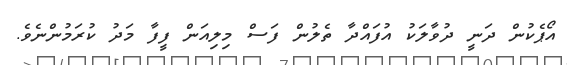
އޯޕެކުން ދަނީ ދުވާލަކު އުފައްދާ ތެލުން ފަސް މިލިއަން ފީފާ މަދު ކުރަމުންނެވެ.